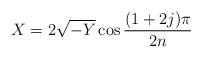
LaTeX: \begin{align*}X = 2\sqrt{-Y}\cos\frac{(1+2j)\pi}{2n}\end{align*}